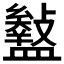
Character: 𥃎